Report of veterinary surgeon J.H. Steel, A.V.D., on his investigation into an obscure and fatal disease among transport mules in British Burma
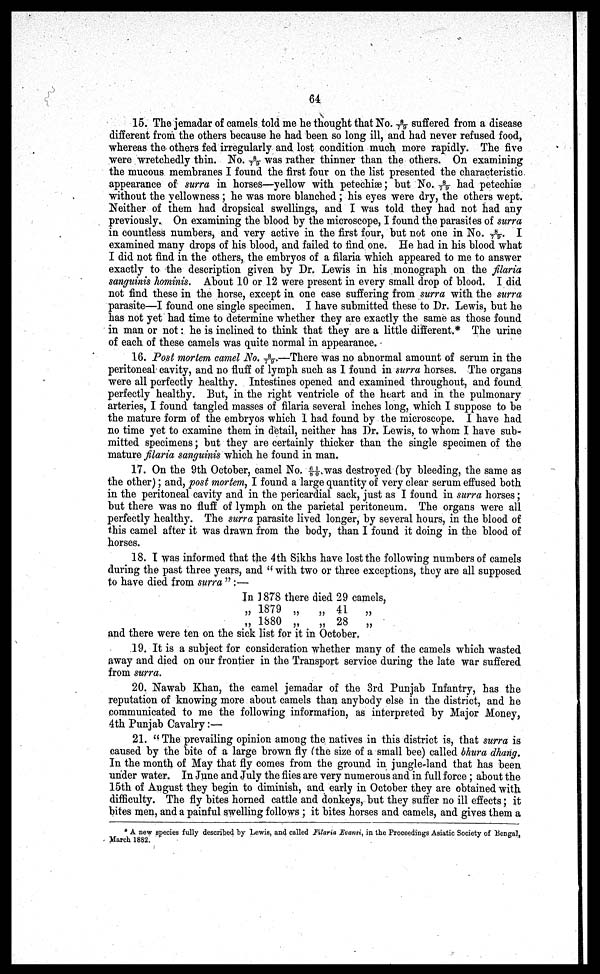
64
15. The jemadar of camels told me he thought that No. 8/79 suffered from a disease
different from the others because he had been so long ill, and had never refused food,
whereas the others fed irregularly and lost condition much more rapidly. The five
were wretchedly thin. No. 8/79 was rather thinner than the others. On examining
the mucous membranes I found the first four on the list presented the characteristic
appearance of surra in horses—yellow with petechiae; but No. 8/79 had petechiae
without the yellowness ; he was more blanched ; his eyes were dry, the others wept.
Neither of them had dropsical swellings, and I was told they had not had any
previously. On examining the blood by the microscope, I found the parasites of surra
in countless numbers, and very active in the first four, but not one in No. 8/79 I
examined many drops of his blood, and failed to find one. He had in his blood what
I did not find in the others, the embryos of a filaria which appeared to me to answer
exactly to the description given by Dr. Lewis in his monograph on the filaria
sanguinis hominis. About 10 or 12 were present in every small drop of blood. I did
not find these in the horse, except in one case suffering from surra with the surra
parasite—I found one single specimen. I have submitted these to Dr. Lewis, but he
has not yet had time to determine whether they are exactly the same as those found
in man or not: he is inclined to think that they are a little different.* The urine
of each of these camels was quite normal in appearance.
16. Post mortem camel No. 8/79.—There was no abnormal amount of serum in the
peritoneal cavity, and no fluff of lymph such as 1 found in surra horses. The organs
were all perfectly healthy. Intestines opened and examined throughout, and found
perfectly healthy. But, in the right ventricle of the heart and in the pulmonary
arteries, I found tangled masses of filaria several inches long, which I suppose to be
the mature form of the embryos which 1 had found by the microscope. I have had
no time yet to examine them in detail, neither has Dr. Lewis, to whom I have sub-
mitted specimens; but they are certainly thicker than the single specimen of the
mature filaria sanguinis which he found in man.
17. On the 9th October, camel No. 61/80 was destroyed (by bleeding, the same as
the other); and, post mortem, I found a large quantity of very clear serum effused both
in the peritoneal cavity and in the pericardial sack, just as I found in surra horses;
but there was no fluff of lymph on the parietal peritoneum. The organs were all
perfectly healthy. The surra parasite lived longer, by several hours, in the blood of
this camel after it was drawn from the body, than I found it doing in the blood of
horses.
18. I was informed that the 4th Sikhs have lost the following numbers of camels
during the past three years, and " with two or three exceptions, they are all supposed
to have died from surra " :—
In 1878 there died 29 camels,
„ 1879 „
„ 41
„
„ 1880 „
„ 28
„
and there were ten on the sick list for it in October.
19. It is a subject for consideration whether many of the camels which wasted
away and died on our frontier in the Transport service during the late war suffered
from surra.
20. Nawab Khan, the camel jemadar of the 3rd Punjab Infantry, has the
reputation of knowing more about camels than anybody else in the district, and he
communicated to me the following information, as interpreted by Major Money,
4th Punjab Cavalry:—
21. " The prevailing opinion among the natives in this district is, that surra is
caused by the bite of a large brown fly (the size of a small bee) called bhura dhang.
In the month of May that fly comes from the ground in jungle-land that has been
under water. In June and July the flies are very numerous and in full force ; about the
15th of August they begin to diminish, and early in October they are obtained with
difficulty. The fly bites horned cattle and donkeys, but they suffer no ill effects ; it
bites men, and a painful swelling follows ; it bites horses and camels, and gives them a
* A new species fully described by Lewis, and called Filaria Evansi , in the Proceedings Asiatic Society of Bengal,
March 1882.